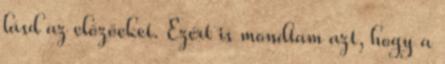
lásd az előzőeket. Ezért is mondtam azt, hogy a